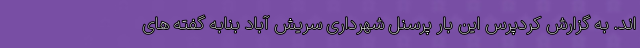
اند. به گزارش کردپرس این بار پرسنل شهرداری سریش آباد بنابه گفته های